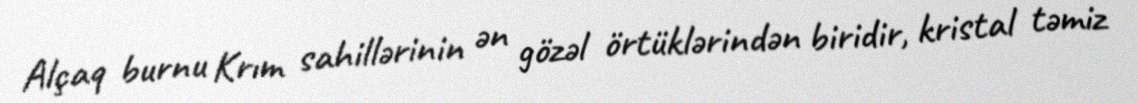
Alçaq burnu Krım sahillərinin ən gözəl örtüklərindən biridir, kristal təmiz